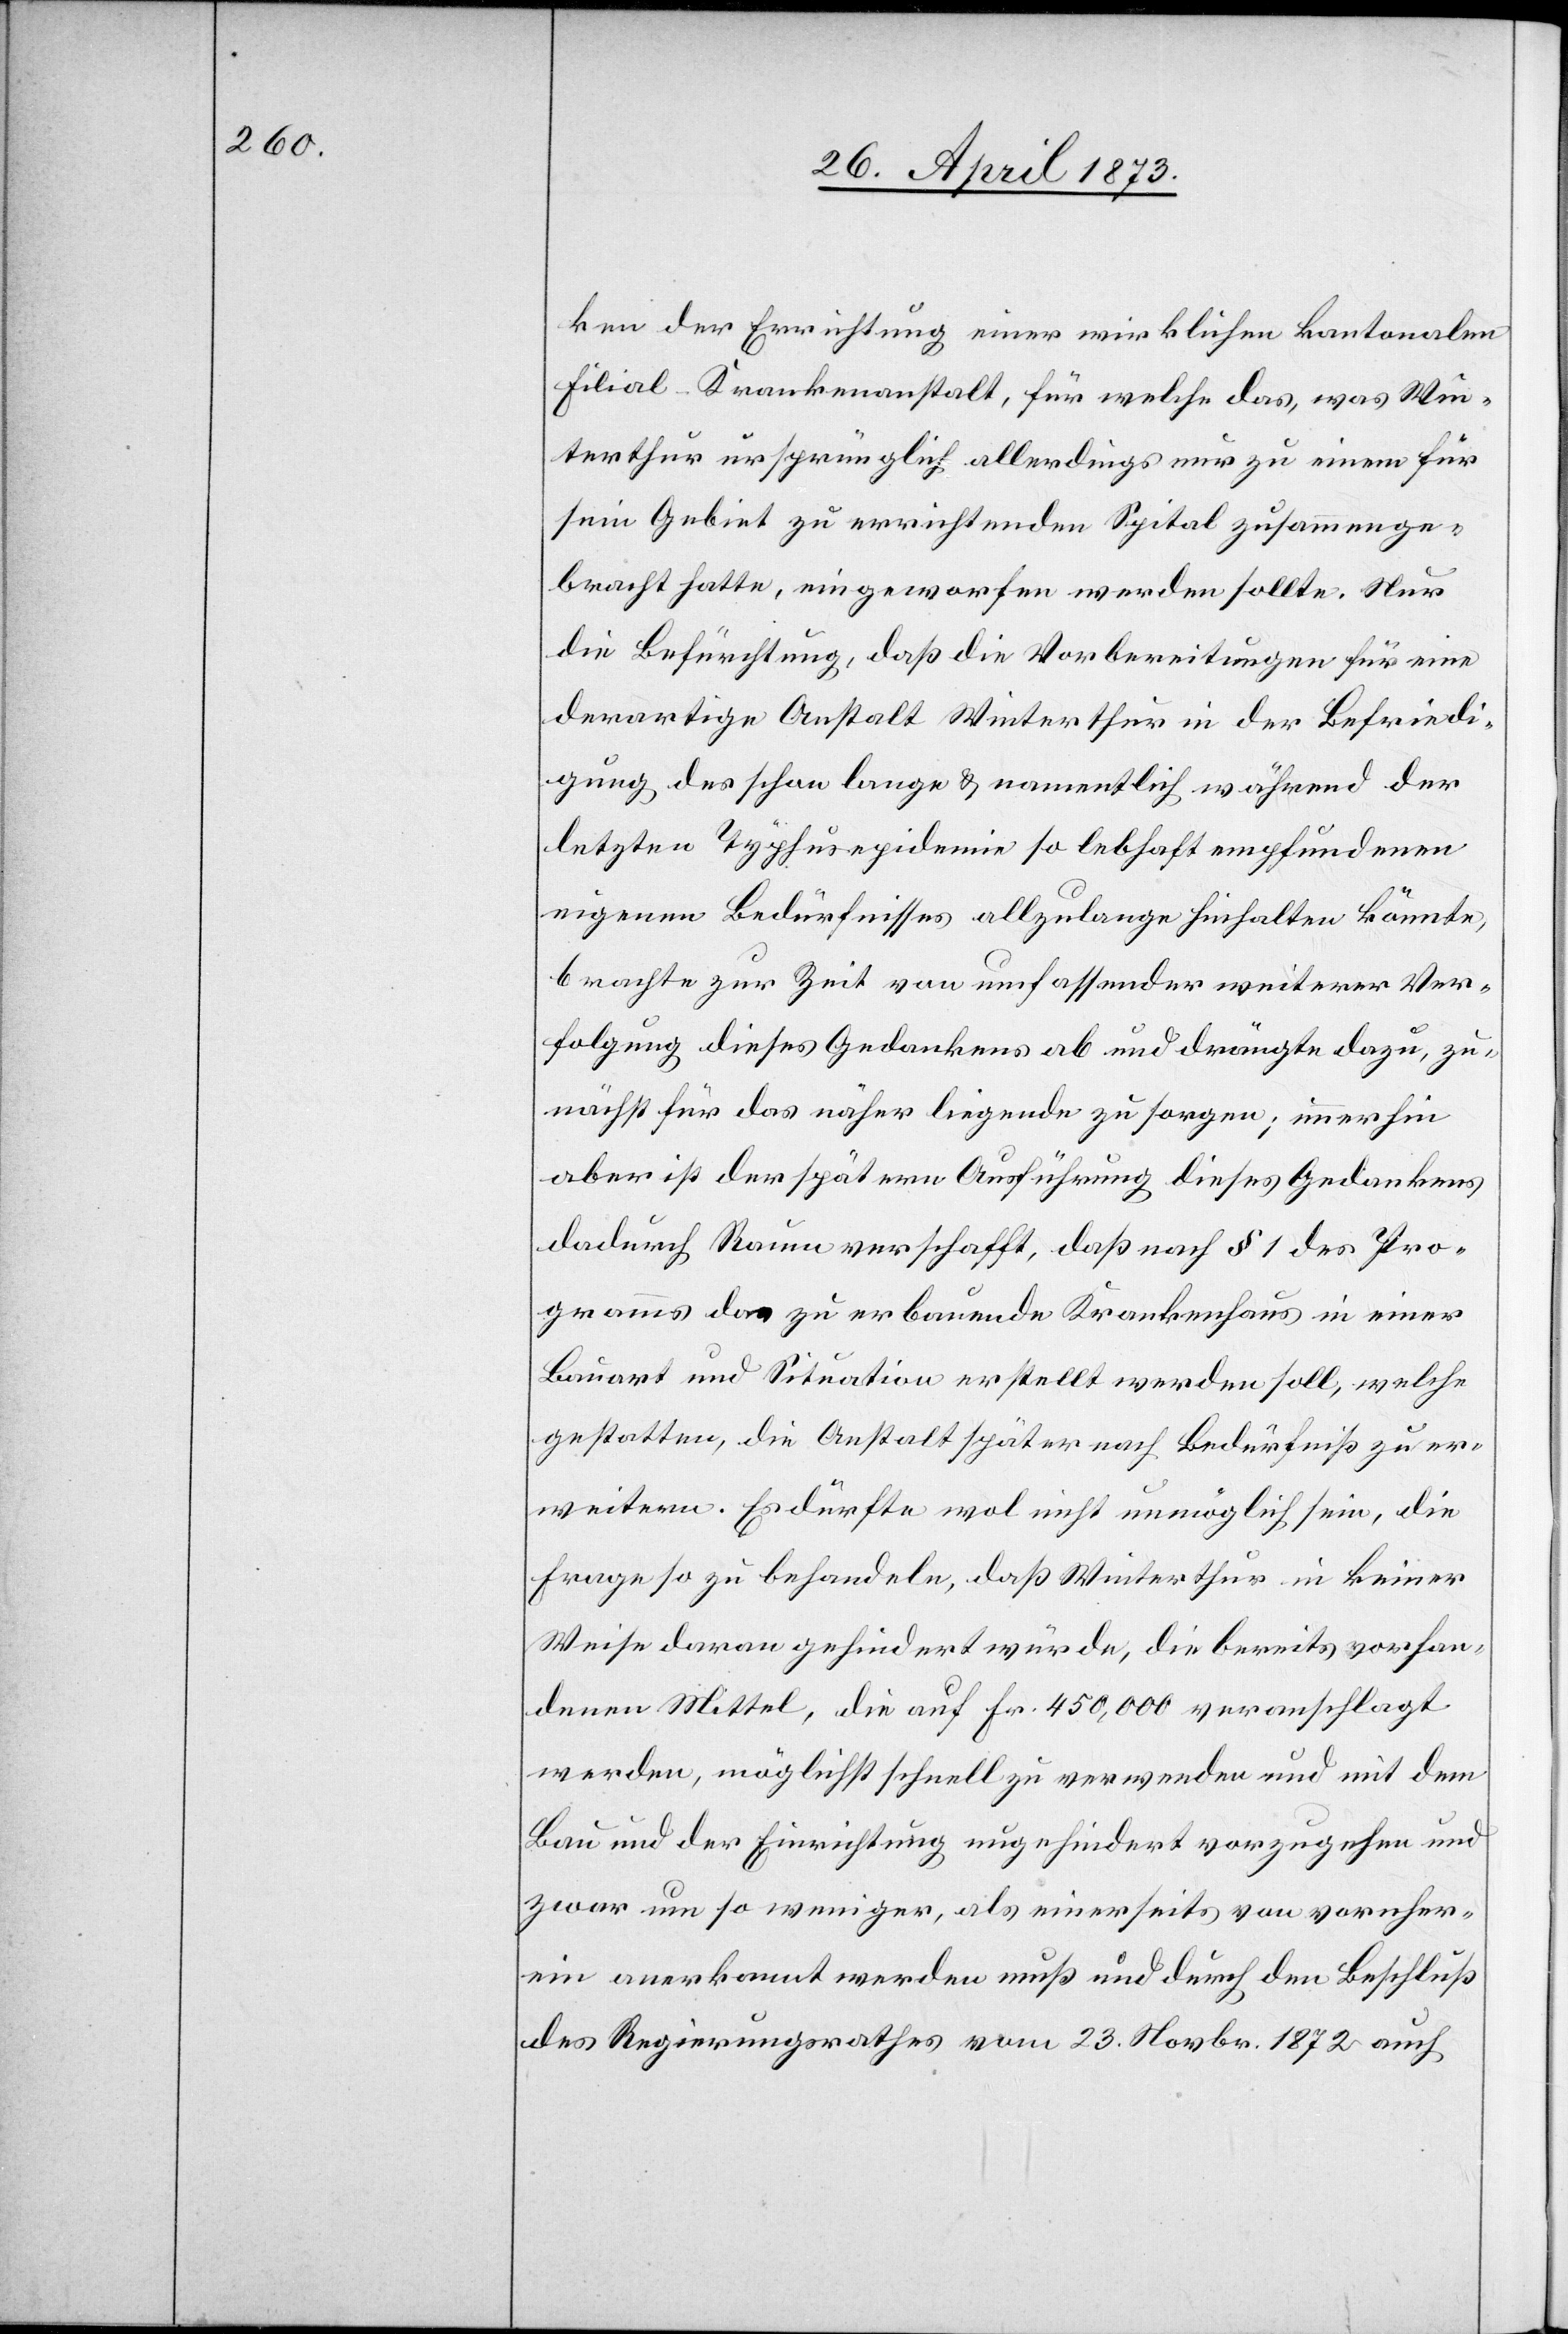
ken der Errichtung einer wirklichen kantonalen
Filial-Krankenanstalt, für welche das, was Win¬
terthur ursprünglich allerdings nur zu einem für
sein Gebiet zu errichtenden Spital zusammenge¬
bracht hatte, eingeworfen werden wollte. Nur
die Befürchtung, daß die Vorbereitungen für eine
derartige Anstalt Winterthur in der Befriedi¬
gung des schon lange & namentlich während der
letzten Typhusepidemie so lebhaft empfundenen
eigenen Bedürfnisses allzulange hinhalten könnte
brachte zur Zeit von umfassender weiterer Ver¬
folgung dieses Gedankens ab und drängte dazu, zu¬
nächst für das näher liegende zu sorgen; immerhin
aber ist der spätern Ausführung dieses Gedankens
dadurch Raum verschafft, daß nach § 1 des Pro¬
gramms das zu erbauende Krankenhaus in einer
Bauart und Situation erstellt werden soll, welche
gestatten, die Anstalt später nach Bedürfniß zu er¬
weitern. Es dürfte wol nicht unmöglich sein, die
Frage so zu behandeln, daß Winterthur in keiner
Weise daran gehindert würde, die bereits vorhan¬
denen Mittel, die auf Fr. 450,000 veranschlagt
werden, möglichst schnell zu verwenden und mit dem
Bau und der Einrichtung ungehindert vorzugehen und
zwar um so weniger, als einerseits von vornher¬
ein anerkannt werden muß und durch den Beschluß
des Regierungsrathes vom 23. Novbr. 1872 auch